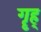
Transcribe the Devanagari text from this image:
गॄह्